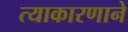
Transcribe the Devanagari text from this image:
त्याकारणाने